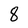
Character: 8